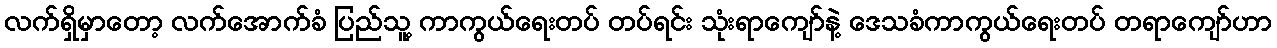
လက်ရှိမှာတော့ လက်အောက်ခံ ပြည်သူ့ ကာကွယ်ရေးတပ် တပ်ရင်း သုံးရာကျော်နဲ့ ဒေသခံကာကွယ်ရေးတပ် တရာကျော်ဟာ